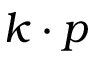
k \cdot p